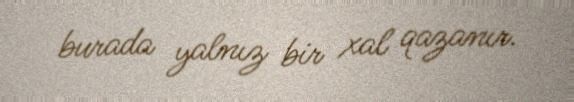
burada yalnız bir xal qazanır.